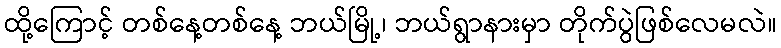
ထို့ကြောင့် တစ်နေ့တစ်နေ့ ဘယ်မြို့၊ ဘယ်ရွာနားမှာ တိုက်ပွဲဖြစ်လေမလဲ။